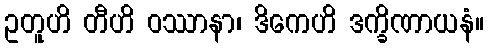
ဥတူဟိ တီဟိ ဝဿာနာ၊ ဒိကေဟိ ဒက္ခိဏာယနံ။